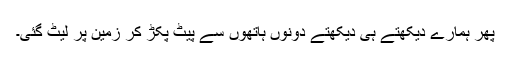
پھر ہمارے دیکھتے ہی دیکھتے دونوں ہاتھوں سے پیٹ پکڑ کر زمین پر لیٹ گئی۔